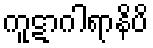
ကူဋာဂါရာနိပိ